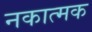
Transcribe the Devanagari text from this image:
नकात्मक